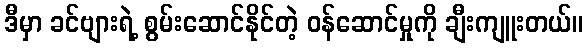
ဒီမှာ ခင်ဗျားရဲ့ စွမ်းဆောင်နိုင်တဲ့ ဝန်ဆောင်မှုကို ချီးကျူးတယ်။